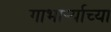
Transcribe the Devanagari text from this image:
गाभार्र्‍याच्या